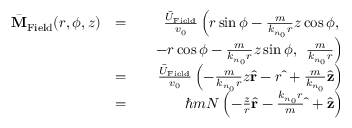
\begin{array} { r l r } { \bar { \bf M } _ { \mathrm { F i e l d } } ( r , \phi , z ) } & { = } & { \frac { \bar { U } _ { \mathrm { F i e l d } } } { v _ { 0 } } \left( r \sin \phi - \frac { m } { k _ { n _ { 0 } } r } z \cos \phi , \right. } \\ & { } & { \quad - r \cos \phi - \frac { m } { k _ { n _ { 0 } } r } z \sin \phi , \ \left. \frac { m } { k _ { n _ { 0 } } r } \right) } \\ & { = } & { \frac { \bar { U } _ { \mathrm { F i e l d } } } { v _ { 0 } } \left( - \frac { m } { k _ { n _ { 0 } } r } z \hat { \bf r } - r \hat { \bf \Phi } + \frac { m } { k _ { n _ { 0 } } } \hat { \bf z } \right) } \\ & { = } & { \hbar m { \cal N } \left( - \frac { z } { r } \hat { \bf r } - \frac { k _ { n _ { 0 } } r } { m } \hat { \bf \Phi } + \hat { \bf z } \right) } \end{array}